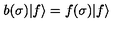
b ( \sigma ) | f \rangle = f ( \sigma ) | f \rangle